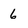
Character: 6